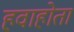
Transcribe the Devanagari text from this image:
हवाहोता